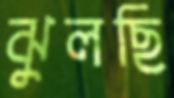
ঝুলছি